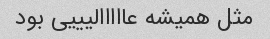
مثل همیشه عااااالیییی بود